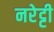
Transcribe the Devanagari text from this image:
नरेट्टी